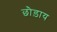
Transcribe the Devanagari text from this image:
छौड़ाय